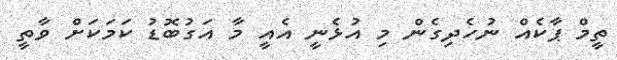
ތީމް ޕާކެއް ނުހެދިގެން މި އުޅެނީ އެއީ މާ އަގުބޮޑު ކަމަކަށް ވާތީ